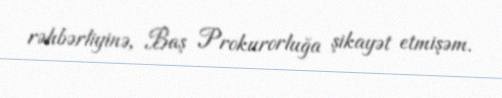
rəhbərliyinə, Baş Prokurorluğa şikayət etmişəm.